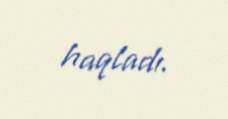
haqladı.